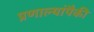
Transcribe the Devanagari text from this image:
प्रणाल्यांपैकी